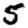
Digit: 5